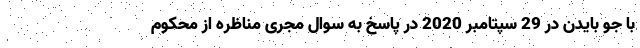
با جو بایدن در 29 سپتامبر 2020 در پاسخ به سوال مجری مناظره از محکوم